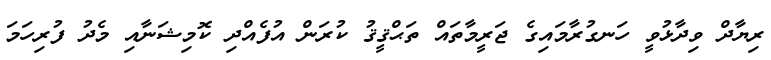
ރިޔާދް ވިދާޅުވީ ހަނގުރާމައިގެ ޖަރީމާތައް ތަޙްޤީޤު ކުރަން އުފެއްދި ކޮމިޝަނާއި މެދު ފުރިހަމަ